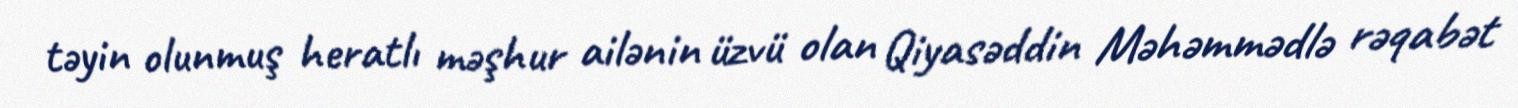
təyin olunmuş heratlı məşhur ailənin üzvü olan Qiyasəddin Məhəmmədlə rəqabət